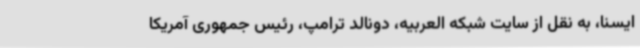
ایسنا، به نقل از سایت شبکه العربیه، دونالد ترامپ، رئیس جمهوری آمریکا